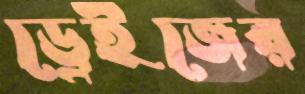
ড্রেইজের